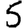
Digit: 5